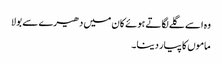
وہ اسے گلے لگاتے ہوئے کان میں دھیرے سے بولا
ماموں کا پیار دینا۔